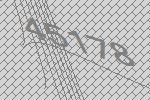
45178